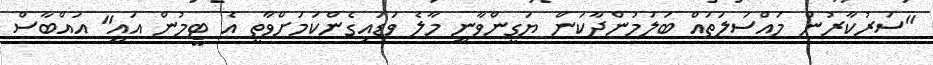
"ސަރުކާރުން މައްސަލަތައް ބަލަމުންދާކަން ޔަގީންވާނީ މާލެ ވަޑައިގެންކަމަށްވާތީ އެ ޓީމުން އައީ" އައްބާސް